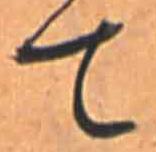
て